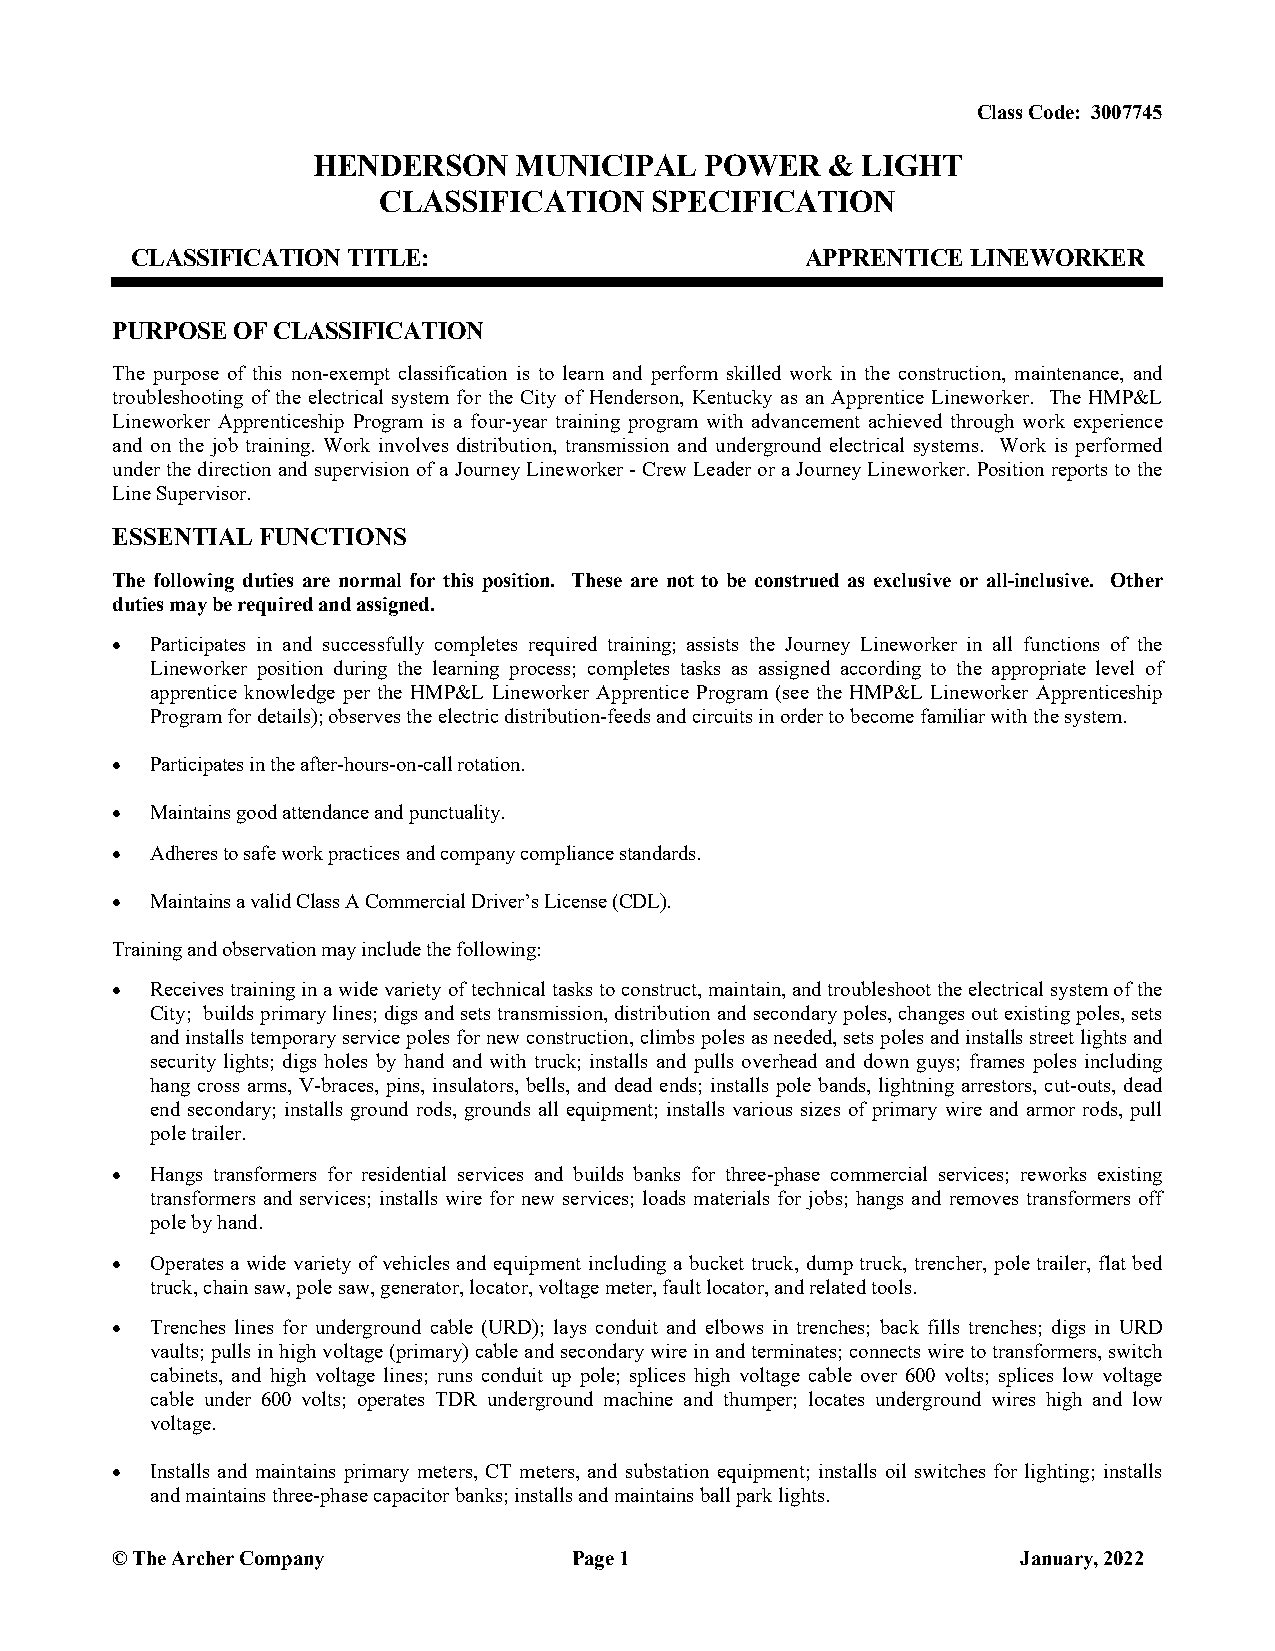
Class Code: 3007745
 HENDERSON    MUNICIPAL    POWER   & LIGHT
 CLASSIFICATION    SPECIFICATION
 CLASSIFICATION TITLE:                       APPRENTICE LINEWORKER
 PURPOSE OF CLASSIFICATION
 The purpose of this non-exempt classification is to learn and perform skilled work in the construction, maintenance, and
 troubleshooting of the electrical system for the City of Henderson, Kentucky as an Apprentice Lineworker. The HMP&L
 Lineworker Apprenticeship Program is a four-year training program with advancement achieved through work experience
 and on the job training. Work involves distribution, transmission and underground electrical systems. Work is performed
 under the direction and supervision of a Journey Lineworker - Crew Leader or a Journey Lineworker. Position reports to the
 Line Supervisor.
 ESSENTIAL FUNCTIONS
 The following duties are normal for this position. These are not to be construed as exclusive or all-inclusive. Other
 duties may be required and assigned.
 •  Participates in and successfully completes required training; assists the Journey Lineworker in all functions of the
 Lineworker position during the learning process; completes tasks as assigned according to the appropriate level of
 apprentice knowledge per the HMP&L Lineworker Apprentice Program (see the HMP&L Lineworker Apprenticeship
 Program for details); observes the electric distribution-feeds and circuits in order to become familiar with the system.
 •  Participates in the after-hours-on-call rotation.
 •  Maintains good attendance and punctuality.
 •  Adheres to safe work practices and company compliance standards.
 •  Maintains a valid Class A Commercial Driver’s License (CDL).
 Training and observation may include the following:
 •  Receives training in a wide variety of technical tasks to construct, maintain, and troubleshoot the electrical system of the
 City; builds primary lines; digs and sets transmission, distribution and secondary poles, changes out existing poles, sets
 and installs temporary service poles for new construction, climbs poles as needed, sets poles and installs street lights and
 security lights; digs holes by hand and with truck; installs and pulls overhead and down guys; frames poles including
 hang cross arms, V-braces, pins, insulators, bells, and dead ends; installs pole bands, lightning arrestors, cut-outs, dead
 end secondary; installs ground rods, grounds all equipment; installs various sizes of primary wire and armor rods, pull
 pole trailer.
 •  Hangs transformers for residential services and builds banks for three-phase commercial services; reworks existing
 transformers and services; installs wire for new services; loads materials for jobs; hangs and removes transformers off
 pole by hand.
 •  Operates a wide variety of vehicles and equipment including a bucket truck, dump truck, trencher, pole trailer, flat bed
 truck, chain saw, pole saw, generator, locator, voltage meter, fault locator, and related tools.
 •  Trenches lines for underground cable (URD); lays conduit and elbows in trenches; back fills trenches; digs in URD
 vaults; pulls in high voltage (primary) cable and secondary wire in and terminates; connects wire to transformers, switch
 cabinets, and high voltage lines; runs conduit up pole; splices high voltage cable over 600 volts; splices low voltage
 cable under 600 volts; operates TDR underground machine and thumper; locates underground wires high and low
 voltage.
 •  Installs and maintains primary meters, CT meters, and substation equipment; installs oil switches for lighting; installs
 and maintains three-phase capacitor banks; installs and maintains ball park lights.
 © The Archer Company           Page 1                        January, 2022